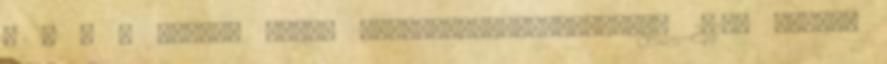
Z T É S Siófok Város Képviselő-testületének 2013. májusi